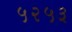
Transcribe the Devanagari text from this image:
५२५३